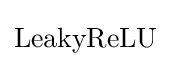
{\text{LeakyReLU}}